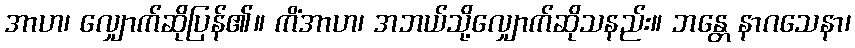
အာဟ၊ လျှောက်ဆိုပြန်၏။ ကိံအာဟ၊ အဘယ်သို့လျှောက်ဆိုသနည်း။ ဘန္တေ နာဂသေနာ၊